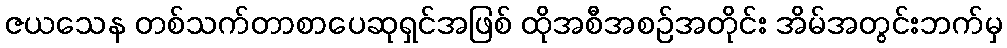
ဇယသေန တစ်သက်တာစာပေဆုရှင်အဖြစ် ထိုအစီအစဉ်အတိုင်း အိမ်အတွင်းဘက်မှ